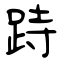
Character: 跱